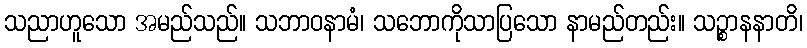
သညာဟူသော အမည်သည်။ သဘာဝနာမံ၊ သဘောကိုသာပြသော နာမည်တည်း။ သဉ္စာနနာတိ၊